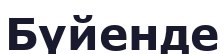
Бүйенде